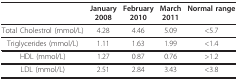
<table><thead><tr><td></td><td><b>January2008</b></td><td><b>February2010</b></td><td><b>March2011</b></td><td><b>Normal range</b></td></tr></thead><tbody><tr><td>Total Cholestrol (mmol/L)</td><td>4.28</td><td>4.46</td><td>5.09</td><td>&lt;5.7</td></tr><tr><td>Triglycerides (mmol/L)</td><td>1.11</td><td>1.63</td><td>1.99</td><td>&lt;1.4</td></tr><tr><td>HDL (mmol/L)</td><td>1.27</td><td>0.87</td><td>0.76</td><td>&gt;1.2</td></tr><tr><td>LDL (mmol/L)</td><td>2.51</td><td>2.84</td><td>3.43</td><td>&lt;3.8</td></tr></tbody></table>